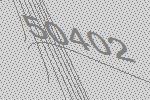
50402